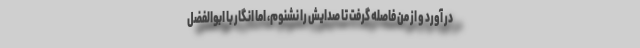
در آورد و از من فاصله گرفت تا صدایش را نشنوم، اما انگار با ابوالفضل